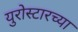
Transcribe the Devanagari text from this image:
युरोस्टारच्या